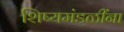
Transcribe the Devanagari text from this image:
शिष्यमंडळींना